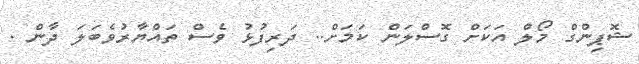
ޝޮޕިންގް މޯލް އަކަށް ގޮސްލަން ކަމަށް.. ދަރިފުޅު ވެސް ތައްޔާރުވެބަލަ ދާން .